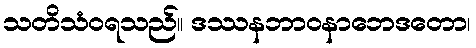
သတိသံဝရသည်။ ဒဿနဘာဝနာဘေဒတော၊